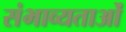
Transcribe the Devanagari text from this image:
संभाव्यताओं